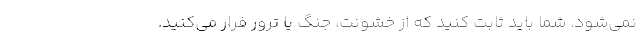
نمی‌شود. شما باید ثابت کنید که از خشونت، جنگ یا ترور فرار می‌کنید.